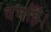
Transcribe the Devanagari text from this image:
वर्माहैं।